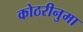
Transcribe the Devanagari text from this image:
कोठरीनुमा